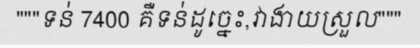
"""ទន់ 7400 គឺទន់ដូច្នេះ,វាងាយស្រួល"""